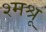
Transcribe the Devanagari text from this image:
श्मश्रू